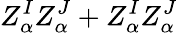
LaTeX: Z_{\alpha}^{I}Z_{\alpha}^{J}+Z_{\alpha}^{I}Z_{\alpha}^{J}